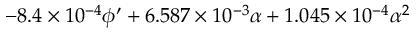
- 8 . 4 \times 1 0 ^ { - 4 } \phi ^ { \prime } + 6 . 5 8 7 \times 1 0 ^ { - 3 } \alpha + 1 . 0 4 5 \times 1 0 ^ { - 4 } \alpha ^ { 2 }